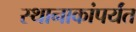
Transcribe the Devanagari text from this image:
स्थानाकांपर्यंत